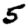
Digit: 5